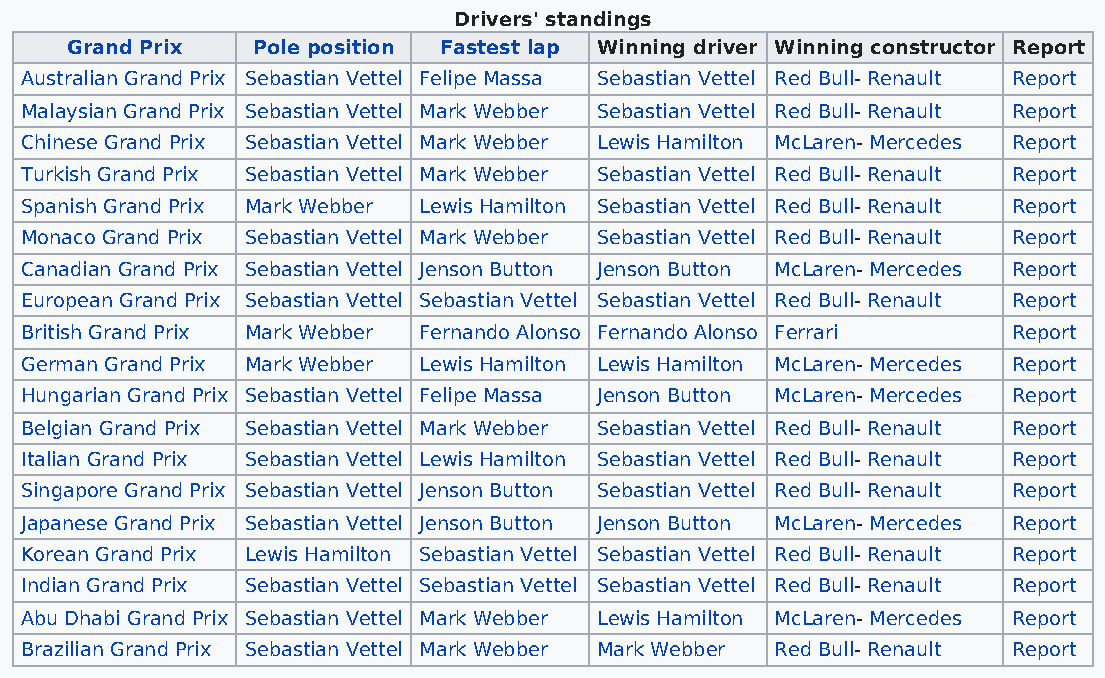
Drivers' standings
 Grand Prix   Pole position Fastest lap Winning driver Winning constructor Report
 Australian Grand Prix Sebastian Vettel Felipe Massa Sebastian Vettel Red Bull- Renault Report
 Malaysian Grand Prix Sebastian Vettel Mark Webber Sebastian Vettel Red Bull- Renault Report
 Chinese Grand Prix Sebastian Vettel Mark Webber Lewis Hamilton McLaren- Mercedes Report
 Turkish Grand Prix Sebastian Vettel Mark Webber Sebastian Vettel Red Bull- Renault Report
 Spanish Grand Prix Mark Webber Lewis Hamilton Sebastian Vettel Red Bull- Renault Report
 Monaco Grand Prix Sebastian Vettel Mark Webber Sebastian Vettel Red Bull- Renault Report
 Canadian Grand Prix Sebastian Vettel Jenson Button Jenson Button McLaren- Mercedes Report
 European Grand Prix Sebastian Vettel Sebastian Vettel Sebastian Vettel Red Bull- Renault Report
 British Grand Prix Mark Webber Fernando Alonso Fernando Alonso Ferrari Report
 German Grand Prix Mark Webber Lewis Hamilton Lewis Hamilton McLaren- Mercedes Report
 Hungarian Grand Prix Sebastian Vettel Felipe Massa Jenson Button McLaren- Mercedes Report
 Belgian Grand Prix Sebastian Vettel Mark Webber Sebastian Vettel Red Bull- Renault Report
 Italian Grand Prix Sebastian Vettel Lewis Hamilton Sebastian Vettel Red Bull- Renault Report
 Singapore Grand Prix Sebastian Vettel Jenson Button Sebastian Vettel Red Bull- Renault Report
 Japanese Grand Prix Sebastian Vettel Jenson Button Jenson Button McLaren- Mercedes Report
 Korean Grand Prix Lewis Hamilton Sebastian Vettel Sebastian Vettel Red Bull- Renault Report
 Indian Grand Prix Sebastian Vettel Sebastian Vettel Sebastian Vettel Red Bull- Renault Report
 Abu Dhabi Grand Prix Sebastian Vettel Mark Webber Lewis Hamilton McLaren- Mercedes Report
 Brazilian Grand Prix Sebastian Vettel Mark Webber Mark Webber Red Bull- Renault Report